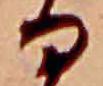
る